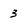
Character: 3